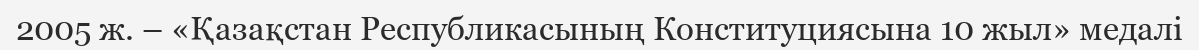
2005 ж. – «Қазақстан Республикасының Конституциясына 10 жыл» медалі